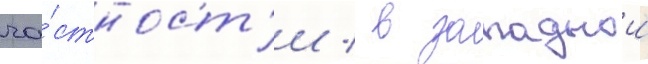
ча́стност'и / в западнои